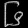
Digit: ၆